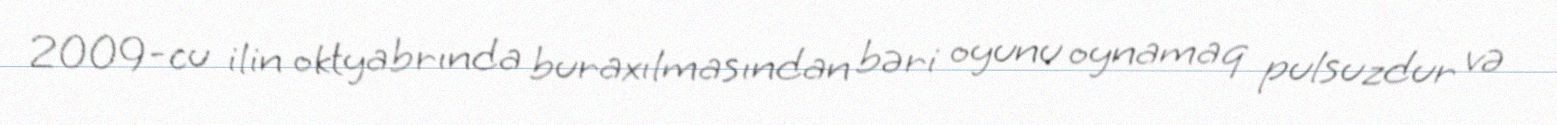
2009-cu ilin oktyabrında buraxılmasından bəri oyunu oynamaq pulsuzdur və